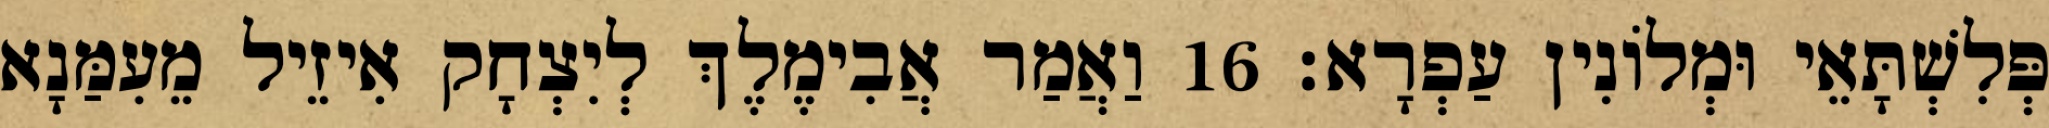
פְּלִשְׁתָּאֵי וּמְלוֹנִין עַפְרָא׃ 16 וַאֲמַר אֲבִימֶלֶךְ לְיִצְחָק אִיזֵיל מֵעִמַּנָא